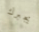
يجبرك